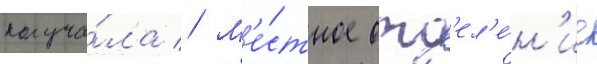
получа́ла // М'е́стное отд'ел'е́н'ие